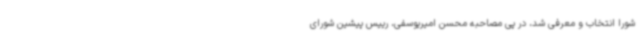
شورا انتخاب و معرفی شد، در پی مصاحبه محسن امیریوسفی، رییس پیشین شورای